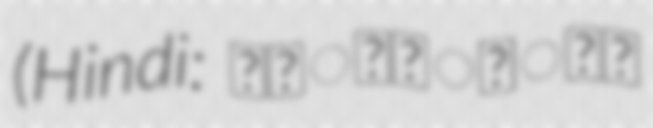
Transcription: (Hindi: अनोखेलाल